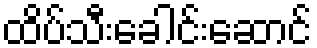
ထိပ်သီးခေါင်းဆောင်